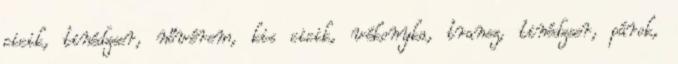
cicik, tinédzser, nővérem, kis cicik, vékonyka, transz, tinédzser, párok,